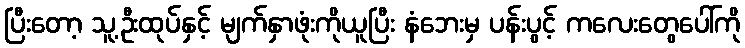
ပြီးတော့ သူ့ဦးထုပ်နှင့် မျက်နှာဖုံးကိုယူပြီး နံဘေးမှ ပန်းပွင့် ကလေးတွေပေါ်ကို